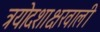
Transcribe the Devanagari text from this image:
त्रयोदशाक्षरवाली